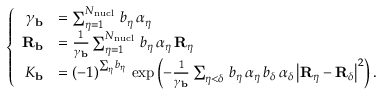
\left\lbrace \begin{array} { r l } { \gamma _ { \mathbf { b } } } & { = \sum _ { \eta = 1 } ^ { N _ { \mathrm { n u c l } } } \, b _ { \eta } \, \alpha _ { \eta } } \\ { { \mathbf { R } _ { \mathbf { b } } } } & { = \frac { 1 } { \gamma _ { \mathbf { b } } } \sum _ { \eta = 1 } ^ { N _ { \mathrm { n u c l } } } \, b _ { \eta } \, \alpha _ { \eta } \, { \mathbf { R } _ { \eta } } } \\ { K _ { \mathbf { b } } } & { = ( - 1 ) ^ { \sum _ { \eta } b _ { \eta } } \, \exp \left( - \frac { 1 } { \gamma _ { \mathbf { b } } } \sum _ { \eta < \delta } \, b _ { \eta } \, \alpha _ { \eta } \, b _ { \delta } \, \alpha _ { \delta } \, \big | { \mathbf { R } _ { \eta } } - { \mathbf { R } _ { \delta } } \big | ^ { 2 } \right) \mathrm { . } } \end{array} \right.